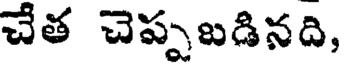
చేత చెప్పబడినది,